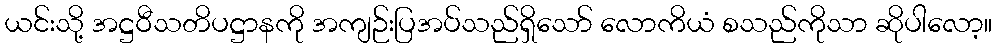
ယင်းသို့ အဋ္ဌဝီသတိပဋ္ဌာနကို အကျဉ်းပြအပ်သည်ရှိသော် လောကိယံ စသည်ကိုသာ ဆိုပါလော့။